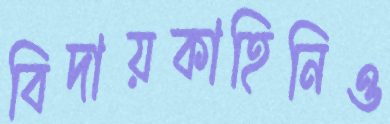
বিদায়কাহিনিও